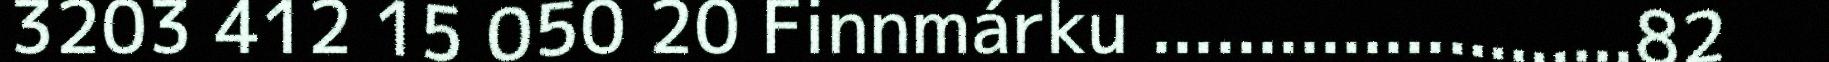
3203 412 15 050 20 Finnmárku .......................82